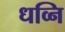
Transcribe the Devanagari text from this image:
धव्नि